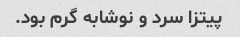
پیتزا سرد و نوشابه گرم بود.